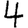
Digit: 4